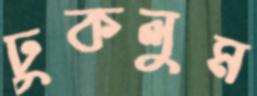
ঢুকলুম